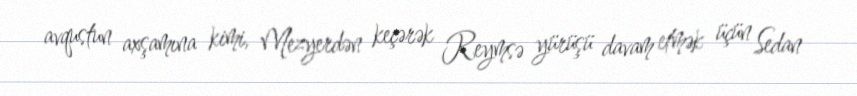
avqustun axşamına kimi, Mezyerdən keçərək Reymsə yürüşü davam etmək üçün Sedan